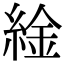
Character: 䋮